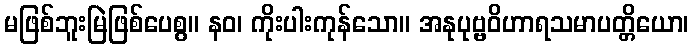
မဖြစ်ဘူးမြဲဖြစ်ပေစွ။ နဝ၊ ကိုးပါးကုန်သော။ အနုပုဗ္ဗဝိဟာရသမာပတ္တိယော၊